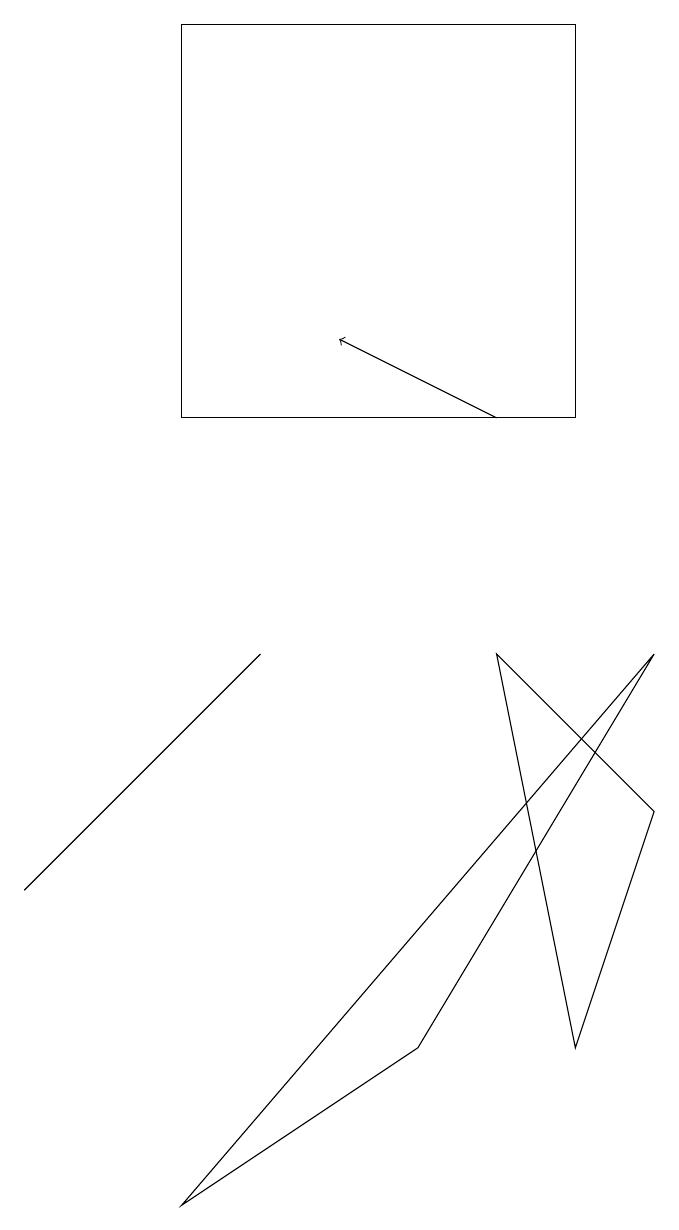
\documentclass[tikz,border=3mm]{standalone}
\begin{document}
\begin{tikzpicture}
\draw[->] (6,12) -- (4,13);
\draw (3,9) -- (0,6) -- (3,9) -- cycle;
\draw (8,9) -- (5,4) -- (2,2) -- cycle;
\draw (6,9) -- (8,7) -- (7,4) -- cycle;
\draw (2,17) rectangle (7,12);
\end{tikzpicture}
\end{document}